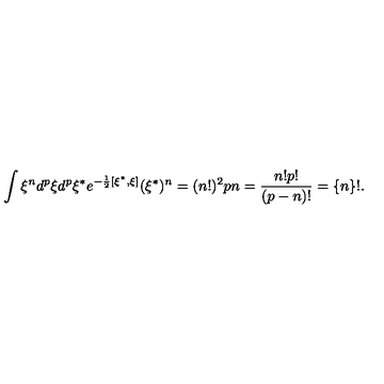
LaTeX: \int \xi ^ { n } d ^ { p } \xi d ^ { p } \xi ^ { * } e ^ { - \frac 1 2 [ \xi ^ { * } , \xi ] } ( \xi ^ { * } ) ^ { n } = ( n ! ) ^ { 2 } { \binom { p } { n } } = \frac { n ! p ! } { ( p - n ) ! } = \{ n \} ! .